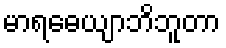
မာရဓေယျာဘိဘူတာ